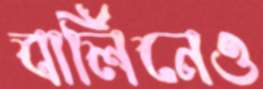
বার্লিনেও